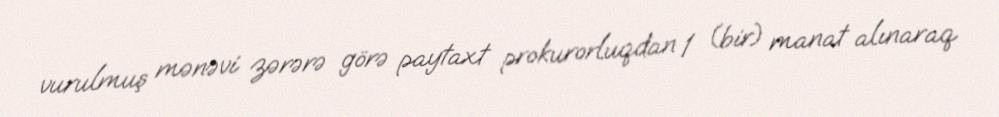
vurulmuş mənəvi zərərə görə paytaxt prokurorluqdan 1 (bir) manat alınaraq